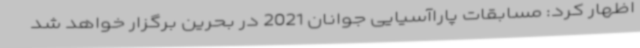
اظهار کرد: مسابقات پاراآسیایی جوانان 2021 در بحرین برگزار خواهد شد